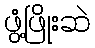
ဖွံ့ဖြိုးဆဲ